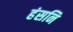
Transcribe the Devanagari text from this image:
हंसनि